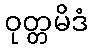
ဝုတ္တမိဒံ